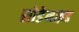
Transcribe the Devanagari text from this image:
सोडेमाइड